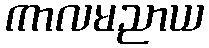
ကာလမညာယ